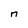
Character: n